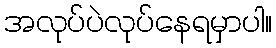
အလုပ်ပဲလုပ်နေရမှာပါ။